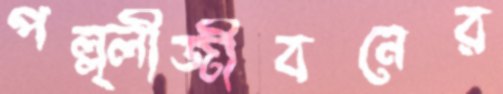
পল্ল্লীজীবনের